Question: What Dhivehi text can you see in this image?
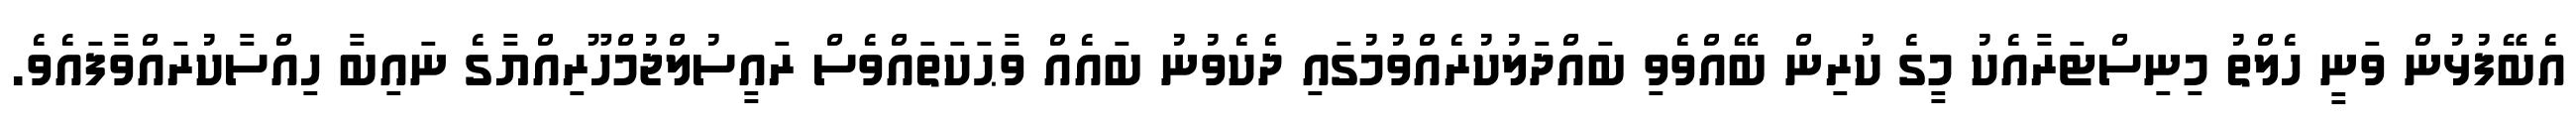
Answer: އެބޭފުޅުން ވަނީ ހެލްތު މިނިސްޓަރާއެކު މީގެ ކުރިން ބޭއްވެވި ބައްދަލުކުރެއްވުމުގައި ދެކެވުނު ބައެއް ވާޙަކަތައްވެސް ރައީސުލްޖުމްހޫރިއްޔާގެ ނައިބާ ހިއްސާކުރައްވާފައެވެ.